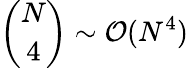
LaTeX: \binom{N}{4}\sim\mathcal{O}(N^{4})